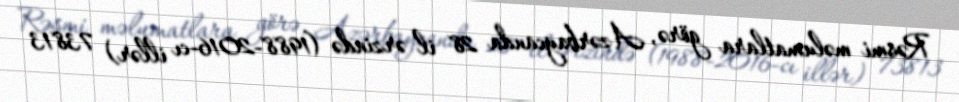
Rəsmi məlumatlara görə, Azərbaycanda 28 il ərzində (1988-2016-cı illər) 73813